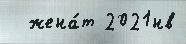
  жена́т 2021нв